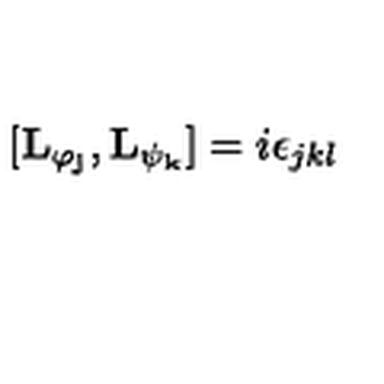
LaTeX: \lbrack \mathbf { L _ { \varphi _ { j } } } , \mathbf { L _ { \psi _ { k } } } ] = i \epsilon _ { j k l }